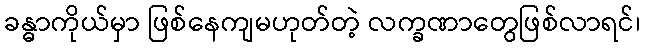
ခန္ဓာကိုယ်မှာ ဖြစ်နေကျမဟုတ်တဲ့ လက္ခဏာတွေဖြစ်လာရင်၊